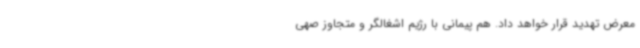
معرض تهدید قرار خواهد داد. هم پیمانی با رژیم اشغالگر و متجاوز صهی